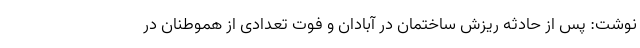
نوشت: پس از حادثه ریزش ساختمان در آبادان و فوت تعدادی از هموطنان در